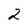
Character: 2